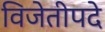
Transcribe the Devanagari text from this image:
विजेतीपदे